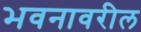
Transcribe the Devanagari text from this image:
भवनावरील